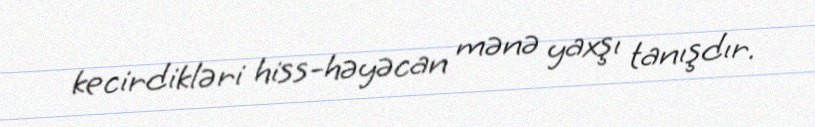
kecirdikləri hiss-həyəcan mənə yaxşı tanışdır.